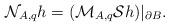
LaTeX: \begin{align*}\mathcal{N}_{A,q} h = (\mathcal{M}_{A,q} \mathcal{S} h )|_{\partial B}.\end{align*}